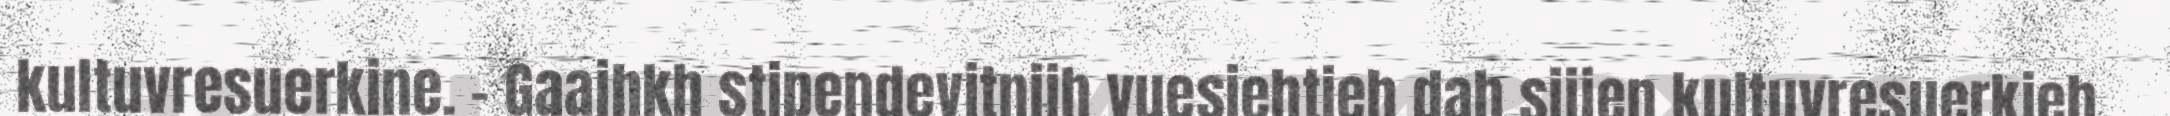
kultuvresuerkine. – Gaajhkh stipendevitnijh vuesiehtieh dah sijjen kultuvresuerkieh